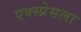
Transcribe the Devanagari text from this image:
एक्स्प्रेसला